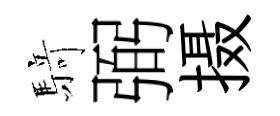
𮪍弼摄